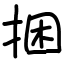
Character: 捆